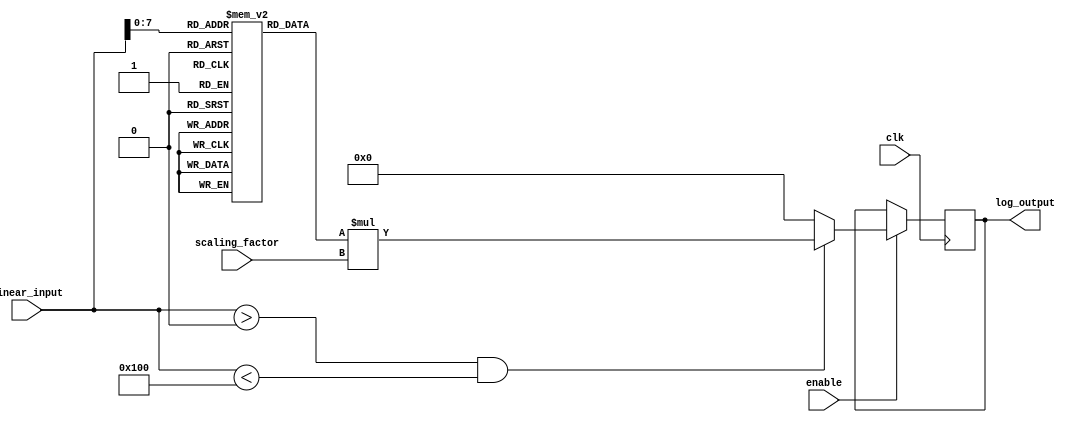
module LogarithmicScalingCircuit (
    input wire [15:0] linear_input,  // 16-bit linear input
    input wire [7:0] scaling_factor,  // 8-bit scaling factor
    input wire clk,                   // Clock signal
    input wire enable,                // Enable signal
    output reg [15:0] log_output      // 16-bit logarithmic output
);

    // Lookup table for log2 approximation (for values 1 to 255)
    reg [15:0] log_lut [0:255];
    
    initial begin
        // Populate the lookup table with log2 values scaled by 16 (fixed-point)
        log_lut[0] = 0;   // log2(1) = 0
        log_lut[1] = 0;   // log2(1) = 0
        log_lut[2] = 16;  // log2(2) = 1.0 * 16
        log_lut[3] = 32;  // log2(3)  1.585 * 16
        log_lut[4] = 64;  // log2(4) = 2.0 * 16
        log_lut[5] = 80;  // log2(5)  2.321 * 16
        log_lut[6] = 96;  // log2(6)  2.585 * 16
        log_lut[7] = 112; // log2(7)  2.807 * 16
        log_lut[8] = 128; // log2(8) = 3.0 * 16
        log_lut[9] = 144; // log2(9)  3.169 * 16
        log_lut[10] = 160; // log2(10)  3.321 * 16
        // Continue filling in the rest of the LUT...
        // For simplicity, only a few values are shown here.
        // You would need to fill in the rest of the values for a complete LUT.
    end

    always @(posedge clk) begin
        if (enable) begin
            if (linear_input > 0 && linear_input < 256) begin
                // Lookup the logarithmic value
                log_output <= log_lut[linear_input] * scaling_factor;
            end else begin
                log_output <= 0; // Handle out of range inputs
            end
        end
    end

endmodule